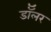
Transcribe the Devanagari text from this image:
डॉॅलर